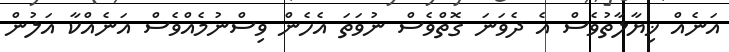
އަނެއް ޚިޔާލާތުވެސް އެ ދެވަނަ ގޮތްވެސް ނުވަތަ އެހެން ވިސްނުމެއްވެސް އަނެއްކާ އަލުން